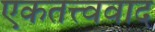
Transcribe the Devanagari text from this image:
एकतत्त्ववाद